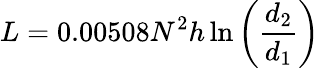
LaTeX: L=0.00508N^{2}h\ln\left({\frac{d_{2}}{d_{1}}}\right)